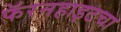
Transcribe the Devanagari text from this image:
फॅरनहाइटचा